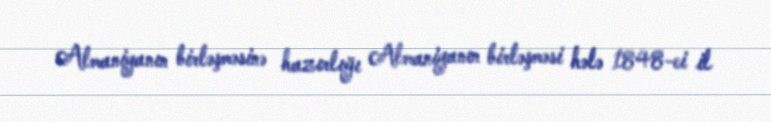
Almaniyanın birləşməsinə hazırlığı Almaniyanın birləşməsi hələ 1848-ci il